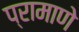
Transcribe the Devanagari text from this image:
प्रामाणे